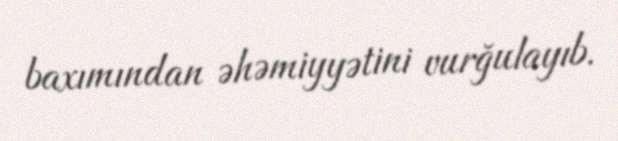
baxımından əhəmiyyətini vurğulayıb.